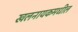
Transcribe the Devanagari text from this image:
खलनायकमधील